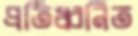
প্রতিধ্বনিত